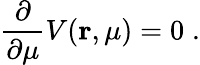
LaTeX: \frac{\partial}{\partial\mu}V({\mathbf r},\mu)=0\; .